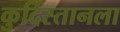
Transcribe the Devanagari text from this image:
कुर्दिस्तानला